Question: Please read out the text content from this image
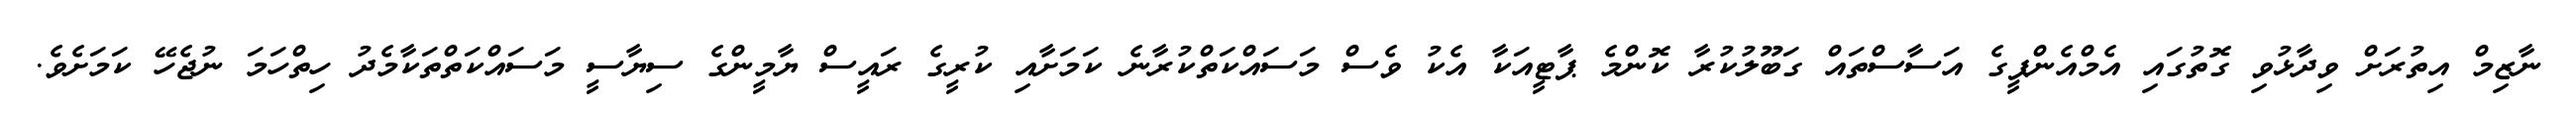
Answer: ނާޒިމް އިތުރަށް ވިދާޅުވި ގޮތުގައި އެމްއެންޕީގެ އަސާސްތައް ގަބޫލުކުރާ ކޮންމެ ޕާޓީއަކާ އެކު ވެސް މަސައްކަތްކުރާނެ ކަމަށާއި ކުރީގެ ރައީސް ޔާމީންގެ ސިޔާސީ މަސައްކަތްތަކާމެދު ހިތްހަމަ ނުޖެހޭ ކަމަށެވެ.